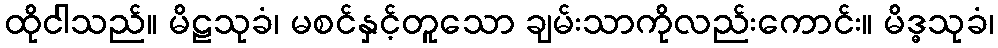
ထိုငါသည်။ မိဠသုခံ၊ မစင်နှင့်တူသော ချမ်းသာကိုလည်းကောင်း။ မိဒ္ဓသုခံ၊